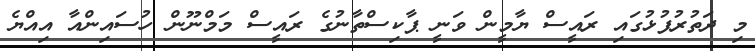
މި ދަތުރުފުޅުގައި ރައީސް ޔާމީން ވަނީ ޕާކިސްތާނުގެ ރައީސް މަމްނޫން ހުސައިންއާ އިއްޔެ